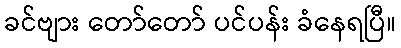
ခင်ဗျား တော်တော် ပင်ပန်း ခံနေရပြီ။